Kambja_algkool, lk 125
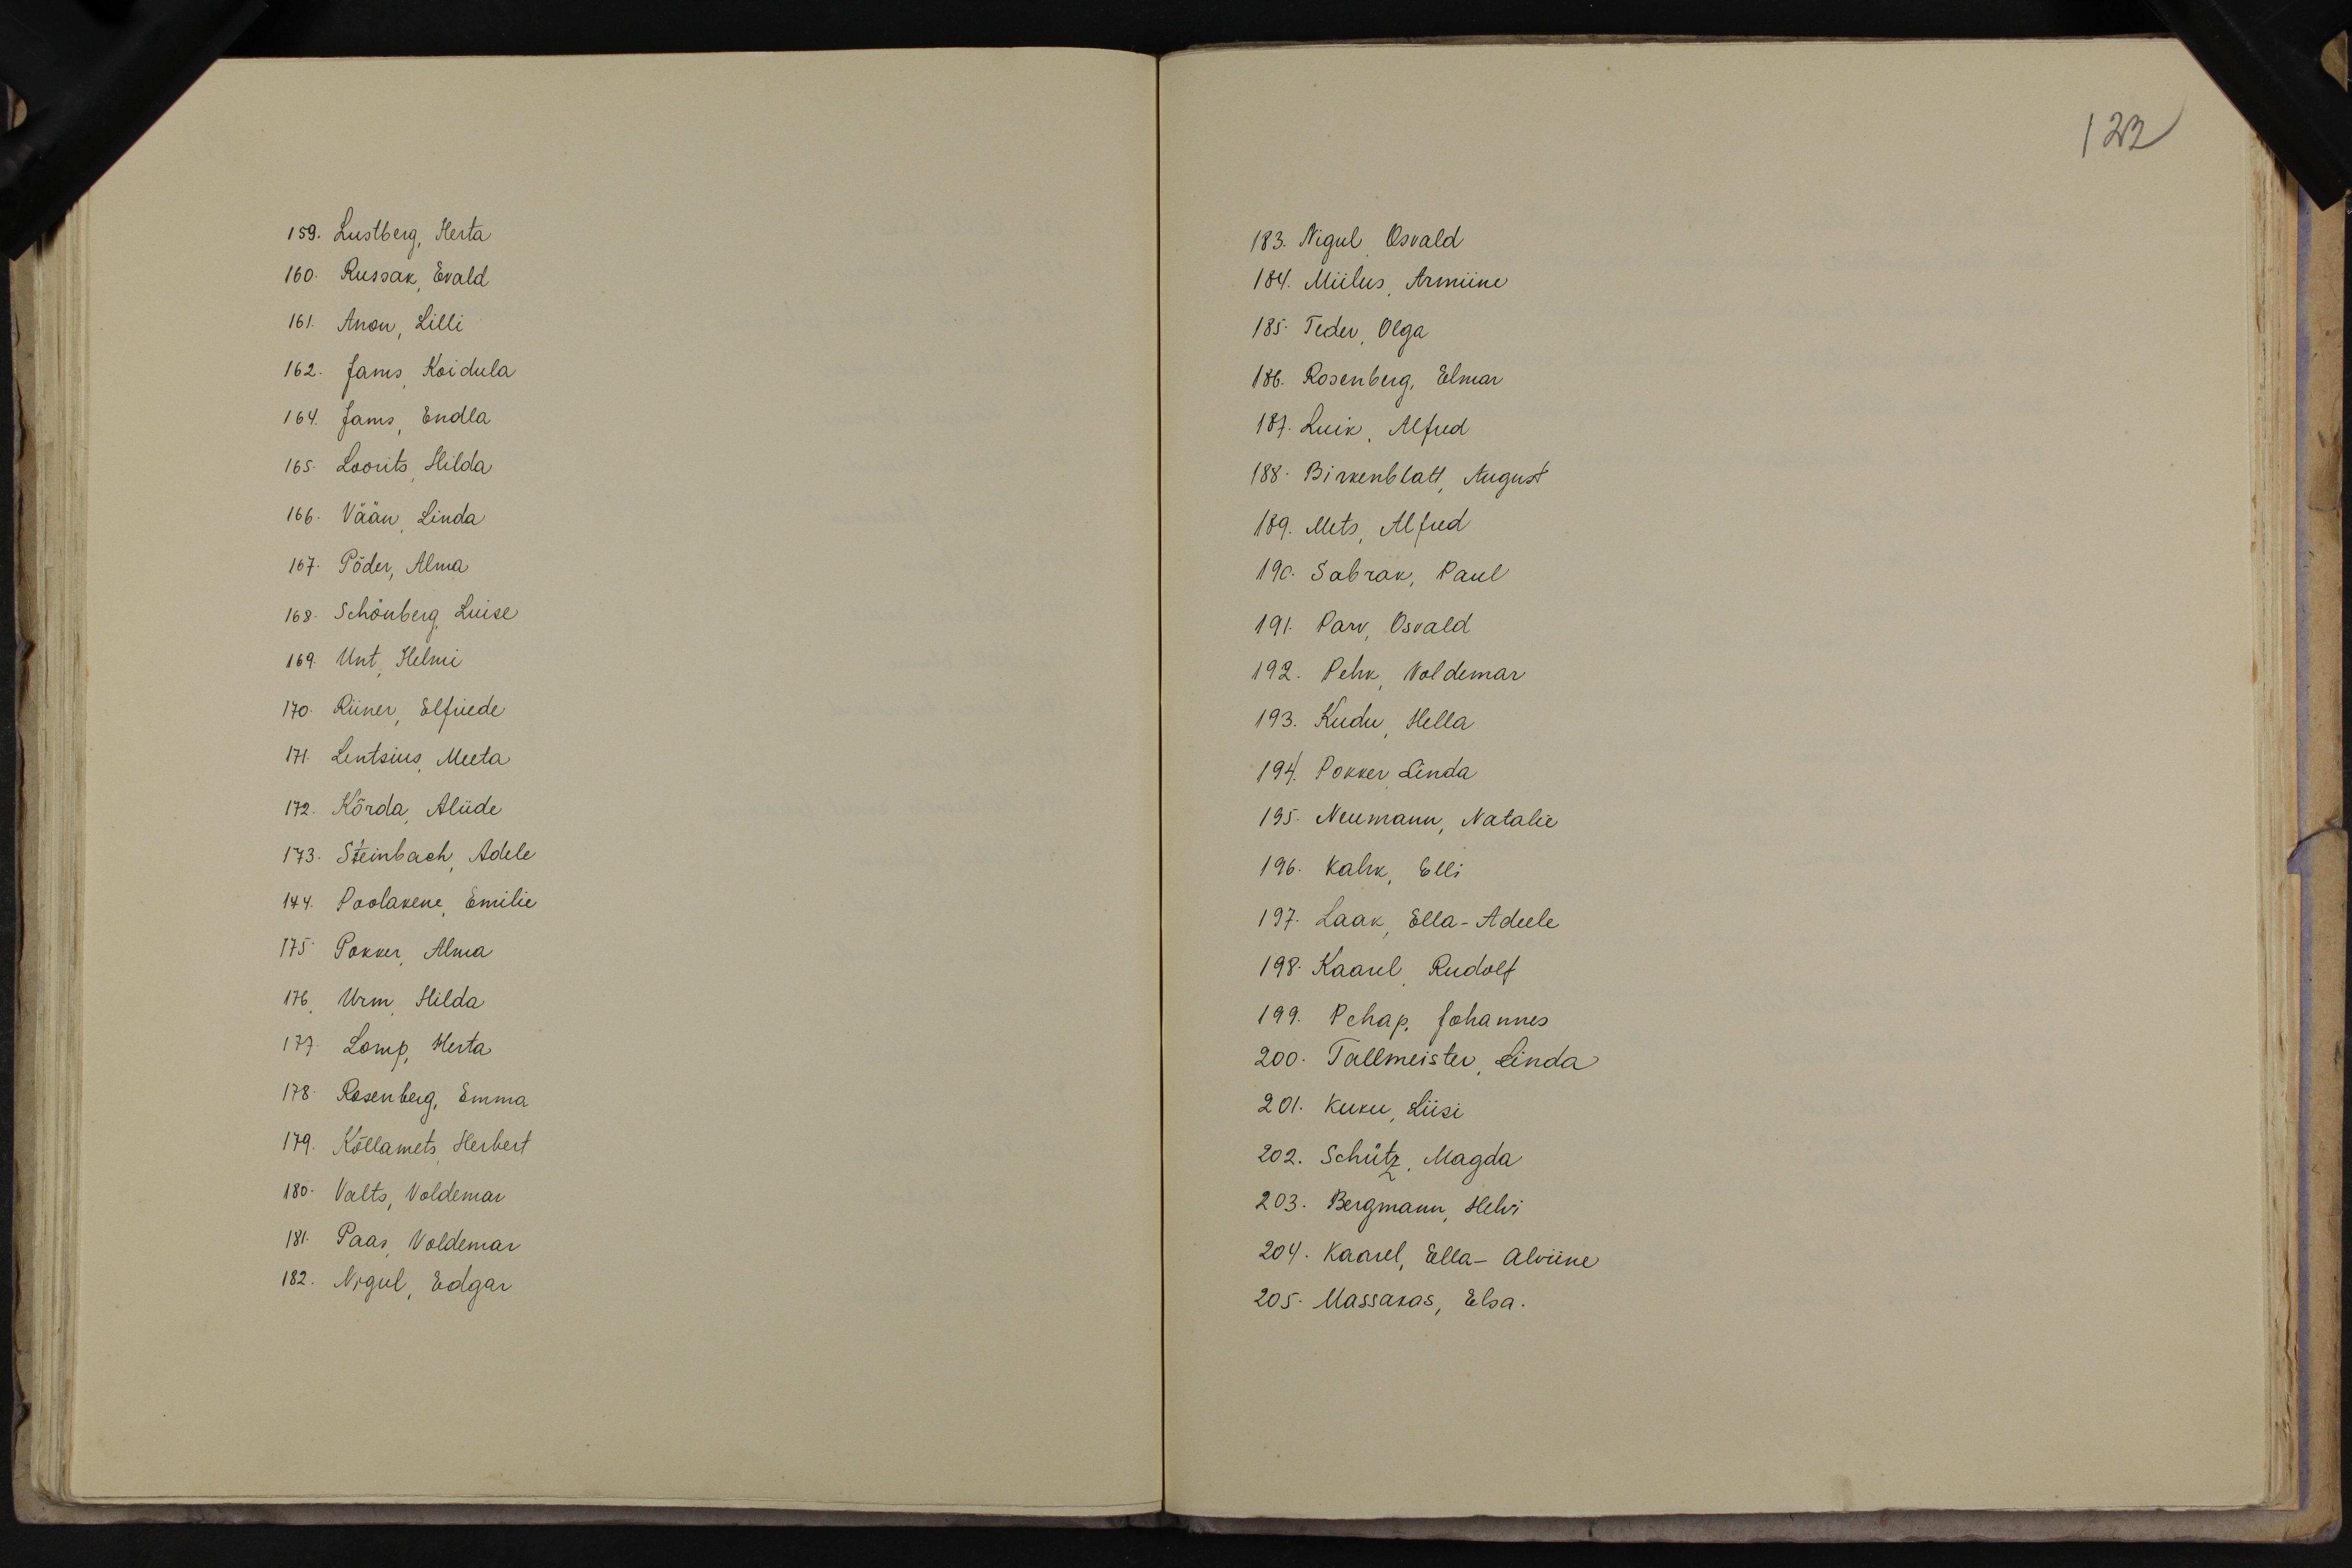
122

159. Lustberg, Herta
160. Russak, Evald
161. Anon, Lilli
162. Jams, Koidula
164. Jams, Endla
16.5. Loorits, Hilda
166. Vään, Linda
167. Põder, Alma
168. Schönberg, Luise
169. Unt, Helmi
70. Riiner, Elfriede
171. Lentsius, Meeta
172. Kõrda, Aliide
173. Steinbach, Adele
144. Poolakene, Emilie
175 Pokker, Alma
176 Urm, Hilda
177. Lomp, Herta
178 Rosenberg, Emma
179. Kõllamets, Herbert
180. Valts, Voldemar
181. Paas,  Voldemar
182. Nigul, Edgar

183. Nigul, Osvald
184. Miilus, Armiine
185. Teder, Olga
186. Rosenberg, Elmar
187. Luik, Alfred
188. Birkenblatt, August
189. Mets, Alfred
190. Sabrak, Paul
191. Parv, Osvald
192. Pehk, Voldemar
193. Kudu Hella
194. Pokker Linda
195. Neumann, Natalie
196. Kahk, Elli
197. Laak, Ella-Adeele
198. Kaarel, Rudolf
199. Pehap, Johannes
200. Tallmeister, Linda
201. Kuku, Liisi
202. Schütz, Magda
203. Bergmann, Helvi
204. Kaarel, Ella-Alviine
20.S. Massakas, Elsa.